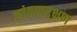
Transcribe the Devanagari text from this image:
शांततारक्षण